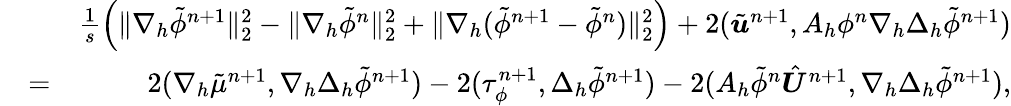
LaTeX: \begin{array}{rlr}&{}&{\frac{1}{s}\left(\| \nabla_{h}\tilde{\phi}^{n+1}\| _{2}^{2}-\| \nabla_{h}\tilde{\phi}^{n}\| _{2}^{2}+\| \nabla_{h}(\tilde{\phi}^{n+1}-\tilde{\phi}^{n})\| _{2}^{2}\right)+2(\tilde{\boldsymbol{u}}^{n+1},A_{h}\phi^{n}\nabla_{h}\Delta_{h}\tilde{\phi}^{n+1})}\\ &{=}&{2(\nabla_{h}\tilde{\mu}^{n+1},\nabla_{h}\Delta_{h}\tilde{\phi}^{n+1})-2(\tau_{\phi}^{n+1},\Delta_{h}\tilde{\phi}^{n+1})-2(A_{h}\tilde{\phi}^{n}\hat{\boldsymbol{U}}^{n+1},\nabla_{h}\Delta_{h}\tilde{\phi}^{n+1}),}\end{array}